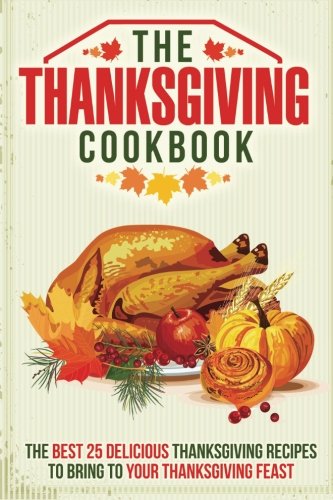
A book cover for The Thanksgiving Cookbook: The Best 25 Delicious Thanksgiving Recipes to Bring to Your Thanksgiving Feast; Gordon Rock; Cookbooks, Food & Wine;